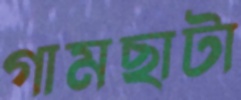
গামছাটা